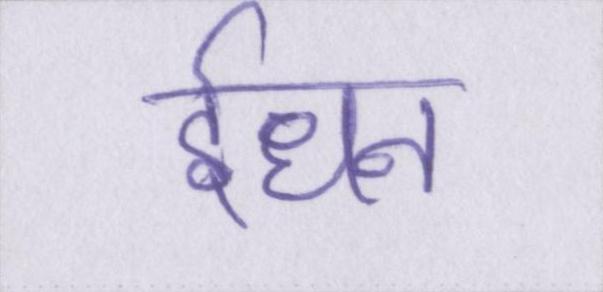
ईंधन